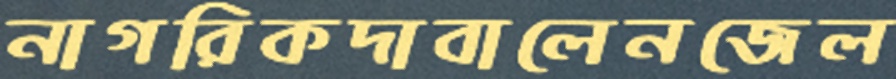
নাগরিকদাবালেনজেল